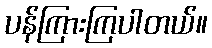
ပန်ကြားကြပါတယ်။